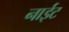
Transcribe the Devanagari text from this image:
नाईट